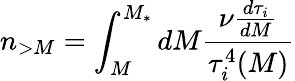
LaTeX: n_{>M}=\int_{M}^{M_{*}}dM{\frac{\nu{\frac{d\tau_{i}}{dM}}}{\tau_{i}^{4}(M)}}